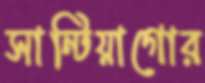
সান্টিয়াগোর